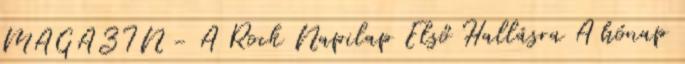
MAGAZIN - A Rock Napilap Első Hallásra A hónap